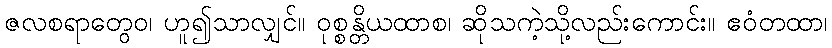
ဇလစရာတွေဝ၊ ဟူ၍သာလျှင်။ ဝုစ္စန္တိယထာစ၊ ဆိုသကဲ့သို့လည်းကောင်း။ ဧဝံတထာ၊